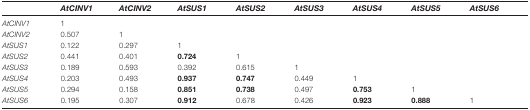
<table><thead><tr><td></td><td><b><i>AtCINV1</i></b></td><td><b><i>AtCINV2</i></b></td><td><b><i>AtSUS1</i></b></td><td><b><i>AtSUS2</i></b></td><td><b><i>AtSUS3</i></b></td><td><b><i>AtSUS4</i></b></td><td><b><i>AtSUS5</i></b></td><td><b><i>AtSUS6</i></b></td></tr></thead><tbody><tr><td><i>AtCINV1</i></td><td>1</td><td></td><td></td><td></td><td></td><td></td><td></td><td></td></tr><tr><td><i>AtCINV2</i></td><td>0.507</td><td>1</td><td></td><td></td><td></td><td></td><td></td><td></td></tr><tr><td><i>AtSUS1</i></td><td>0.122</td><td>0.297</td><td>1</td><td></td><td></td><td></td><td></td><td></td></tr><tr><td><i>AtSUS2</i></td><td>0.441</td><td>0.401</td><td><b>0.724</b></td><td>1</td><td></td><td></td><td></td><td></td></tr><tr><td><i>AtSUS3</i></td><td>0.189</td><td>0.593</td><td>0.392</td><td>0.615</td><td>1</td><td></td><td></td><td></td></tr><tr><td><i>AtSUS4</i></td><td>0.203</td><td>0.493</td><td><b>0.937</b></td><td><b>0.747</b></td><td>0.449</td><td>1</td><td></td><td></td></tr><tr><td><i>AtSUS5</i></td><td>0.294</td><td>0.158</td><td><b>0.851</b></td><td><b>0.738</b></td><td>0.497</td><td><b>0.753</b></td><td>1</td><td></td></tr><tr><td><i>AtSUS6</i></td><td>0.195</td><td>0.307</td><td><b>0.912</b></td><td>0.678</td><td>0.426</td><td><b>0.923</b></td><td><b>0.888</b></td><td>1</td></tr></tbody></table>